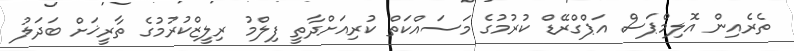
ތެރެއިން އޮލިމްޕަސް އަޕްގްރޭޑް ކުރުމުގެ މަސައްކަތް ކުރިއަށްދާތީ ފިލްމު ރިލީޒްކުރުމުގެ ތާރީޚަށް ބަދަލު